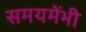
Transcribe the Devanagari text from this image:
समयमेंभी